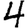
Digit: 4